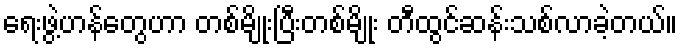
ရေးဖွဲ့ဟန်တွေဟာ တစ်မျိုးပြီးတစ်မျိုး တီထွင်ဆန်းသစ်လာခဲ့တယ်။